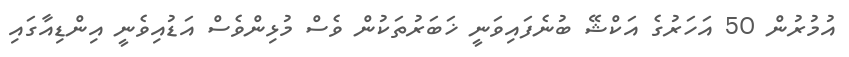
އުމުރުން 50 އަހަރުގެ އަކްޝޭ ބުނެފައިވަނީ ޚަބަރުތަކުން ވެސް މުޅިންވެސް އަޑުއިވެނީ އިންޑިއާގައި